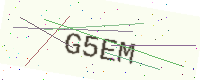
Text: G5EM